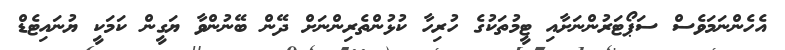
އެހެންނަމަވެސް ސަޕޯޓަރުންނަށާއި ޓީމުތަކުގެ ހުރިހާ ކުޅުންތެރިންނަށް ދޭން ބޭނުންވާ ޔަގީން ކަމަކީ ޔުނައިޓެޑް